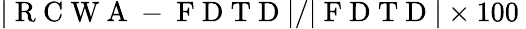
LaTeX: |\mathrm{~R~C~W~A~}-\mathrm{~F~D~T~D~}|/|\mathrm{~F~D~T~D~}|\times 100\